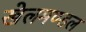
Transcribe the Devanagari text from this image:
खेलमण्डल